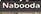
nabooda